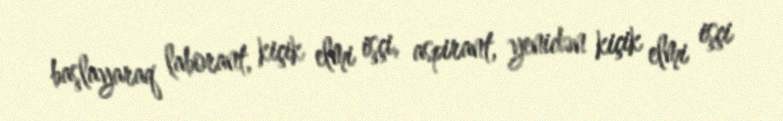
başlayaraq laborant, kiçik elmi işçi, aspirant, yenidən kiçik elmi işçi